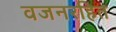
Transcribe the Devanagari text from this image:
वजनरहित